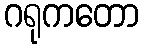
ဂရုကတော